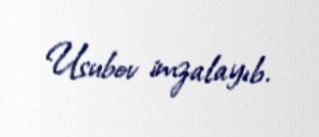
Usubov imzalayıb.